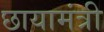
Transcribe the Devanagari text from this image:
छायामंत्री